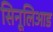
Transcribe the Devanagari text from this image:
सिनूलिआड